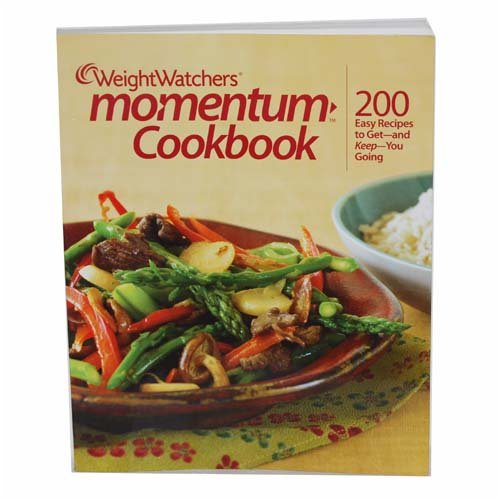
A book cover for Weight Watchers Momentum Cookbook (200 Easy Recipes to Get-and Keep-You Going); Weight Watchers; Health, Fitness & Dieting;